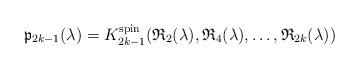
LaTeX: \begin{gather*}\mathfrak{p}_{2k-1}(\lambda)= K_{2k-1}^{\mathrm{spin}} (\mathfrak{R}_2(\lambda), \mathfrak{R}_4(\lambda),\dots, \mathfrak{R}_{2k}(\lambda))\end{gather*}